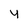
Character: 4